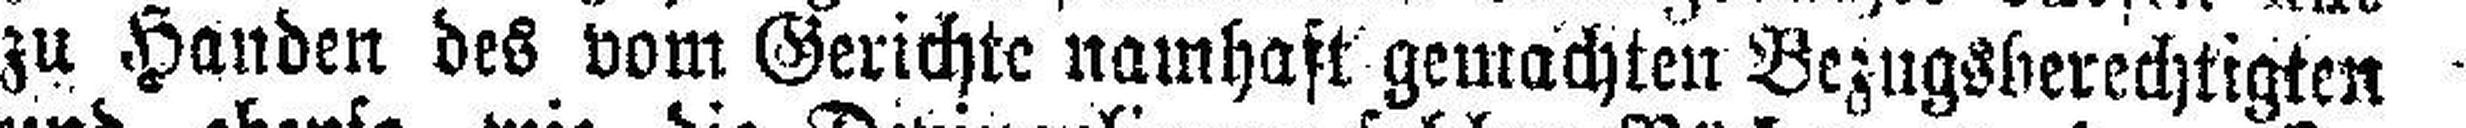
zu Handen des vom Gerichte namhaft gemachten Bezugsberechtigten